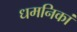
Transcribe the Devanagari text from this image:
धमनिकां